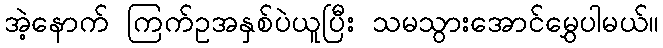
အဲ့နောက် ကြက်ဥအနှစ်ပဲယူပြီး သမသွားအောင်မွှေပါမယ်။